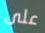
على